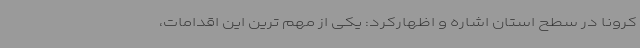
کرونا در سطح استان اشاره و اظهارکرد: یکی از مهم ترین این اقدامات،